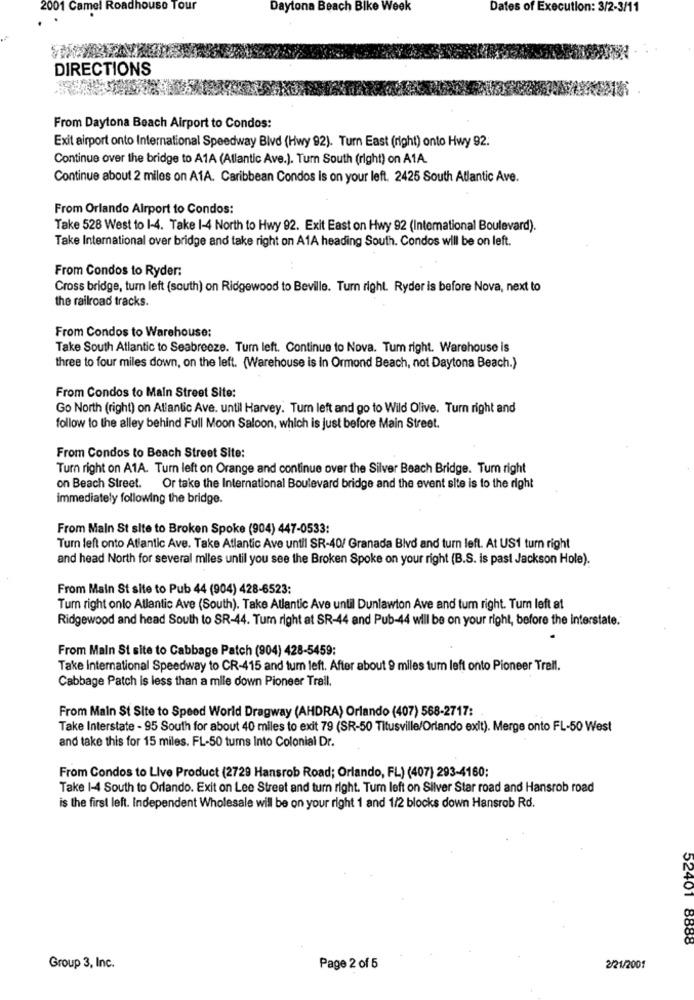
2001 Camel Roadhouse Tour
Daytona Beach Bike Week
Dates of Execution: 3/2-3/11
DIRECTIONS
From Daytona Beach Airport to Condos:
Exit airport onto International Speedway Blvd (Hwy 92). Turn East (right) onto Hwy 92.
Continue over the bridge to A1A (Atlantic Ave.). Tum South (right) on A1A.
Continue about 2 miles on A1A. Caribbean Condos is on your left. 2425 South Atlantic Ave.
From Orlando Airport to Condos:
Take 528 West to 1-4. Take 1-4 North to Hwy 92. Exit East on Hwy 92 (International Boulevard).
Take International over bridge and take right on A1A heading South. Condos will be on left.
From Condos to Ryder:
Cross bridge, turn left (south) on Ridgewood to Beville. Turn right. Ryder is before Nova, next to
the railroad tracks.
From Condos to Warehouse:
Take South Atlantic to Seabreeze. Turn left. Continue to Nova. Tum right. Warehouse is
three to four miles down, on the left. (Warehouse is in Ormond Beach, not Daytona Beach.}
From Condos to Main Street Site:
Go North (right) on Atlantic Ave. until Harvey. Turn left and go to Wild Olive. Turn right and
follow to the alley behind Full Moon Saloon, which is just before Main Street.
From Condos to Beach Street Site:
Turn right on A1A. Turn left on Orange and continue over the Silver Beach Bridge. Turn right
on Beach Street. Or take the International Boulevard bridge and the event site is to the right
immediately following the bridge.
From Maln St site to Broken Spoke (904) 447-0533:
Turn left onto Atlantic Ave. Take Atlantic Ave until SR-40/ Granada Blvd and turn left. At US1 turn right
and head North for several miles until you see the Broken Spoke on your right (B.S. is past Jackson Hole).
From Main St site to Pub 44 (904) 428-6523:
Tum right onto Atlantic Ave (South). Take Atlantic Ave until Dunlawton Ave and tum right. Tum left at
Ridgewood and head South to SR-44. Tum right at SR-44 and Pub-44 will be on your right, before the interstate.
From Main St site to Cabbage Patch (904) 428-5459:
Take International Speedway to CR-415 and tum left. After about 9 miles turn left onto Pioneer Trail.
Cabbage Patch is less than a mlle down Pioneer Trail.
From Main St Site to Speed World Dragway (AHDRA) Orlando (407) 568-2717:
Take Interstate - 95 South for about 40 miles to exit 79 (SR-50 Titusville/Orlando exit). Merge onto FL-50 West
and take this for 15 miles. FL-50 tums Into Colonial Dr.
From Condos to Live Product (2729 Hansrob Road; Orlando, FL) (407) 293-4160;
Take 1-4 South to Orlando. Exit on Lee Street and turn right. Turn left on Silver Star road and Hansrob road
is the first left. Independent Wholesale will be on your right 1 and 1/2 blocks down Hansrob Rd.
52401 8888
Group 3, Inc.
Page 2 of 5
2/21/2001